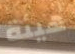
هيئة